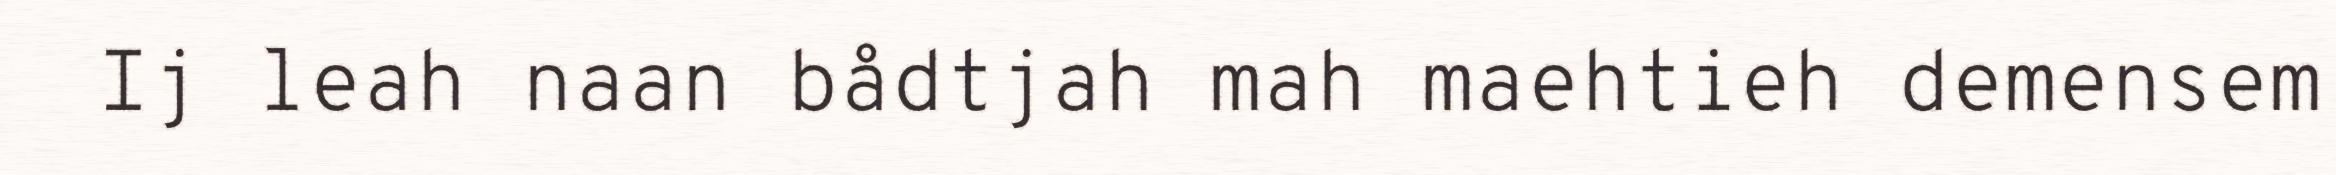
Ij leah naan bådtjah mah maehtieh demensem